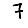
Digit: 7